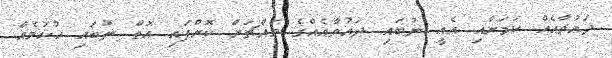
ދައުވާއެއް ކަމަށާއި އެއީ ނުބައި ދައުވާއެއްގެ މައްޗަށް ކޮށްފައި އޮތް ނުބައި ހުކުމެއް